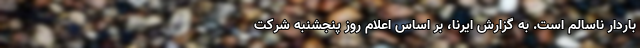
باردار ناسالم است. به گزارش ایرنا، بر اساس اعلام روز پنجشنبه شرکت